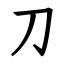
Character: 刀